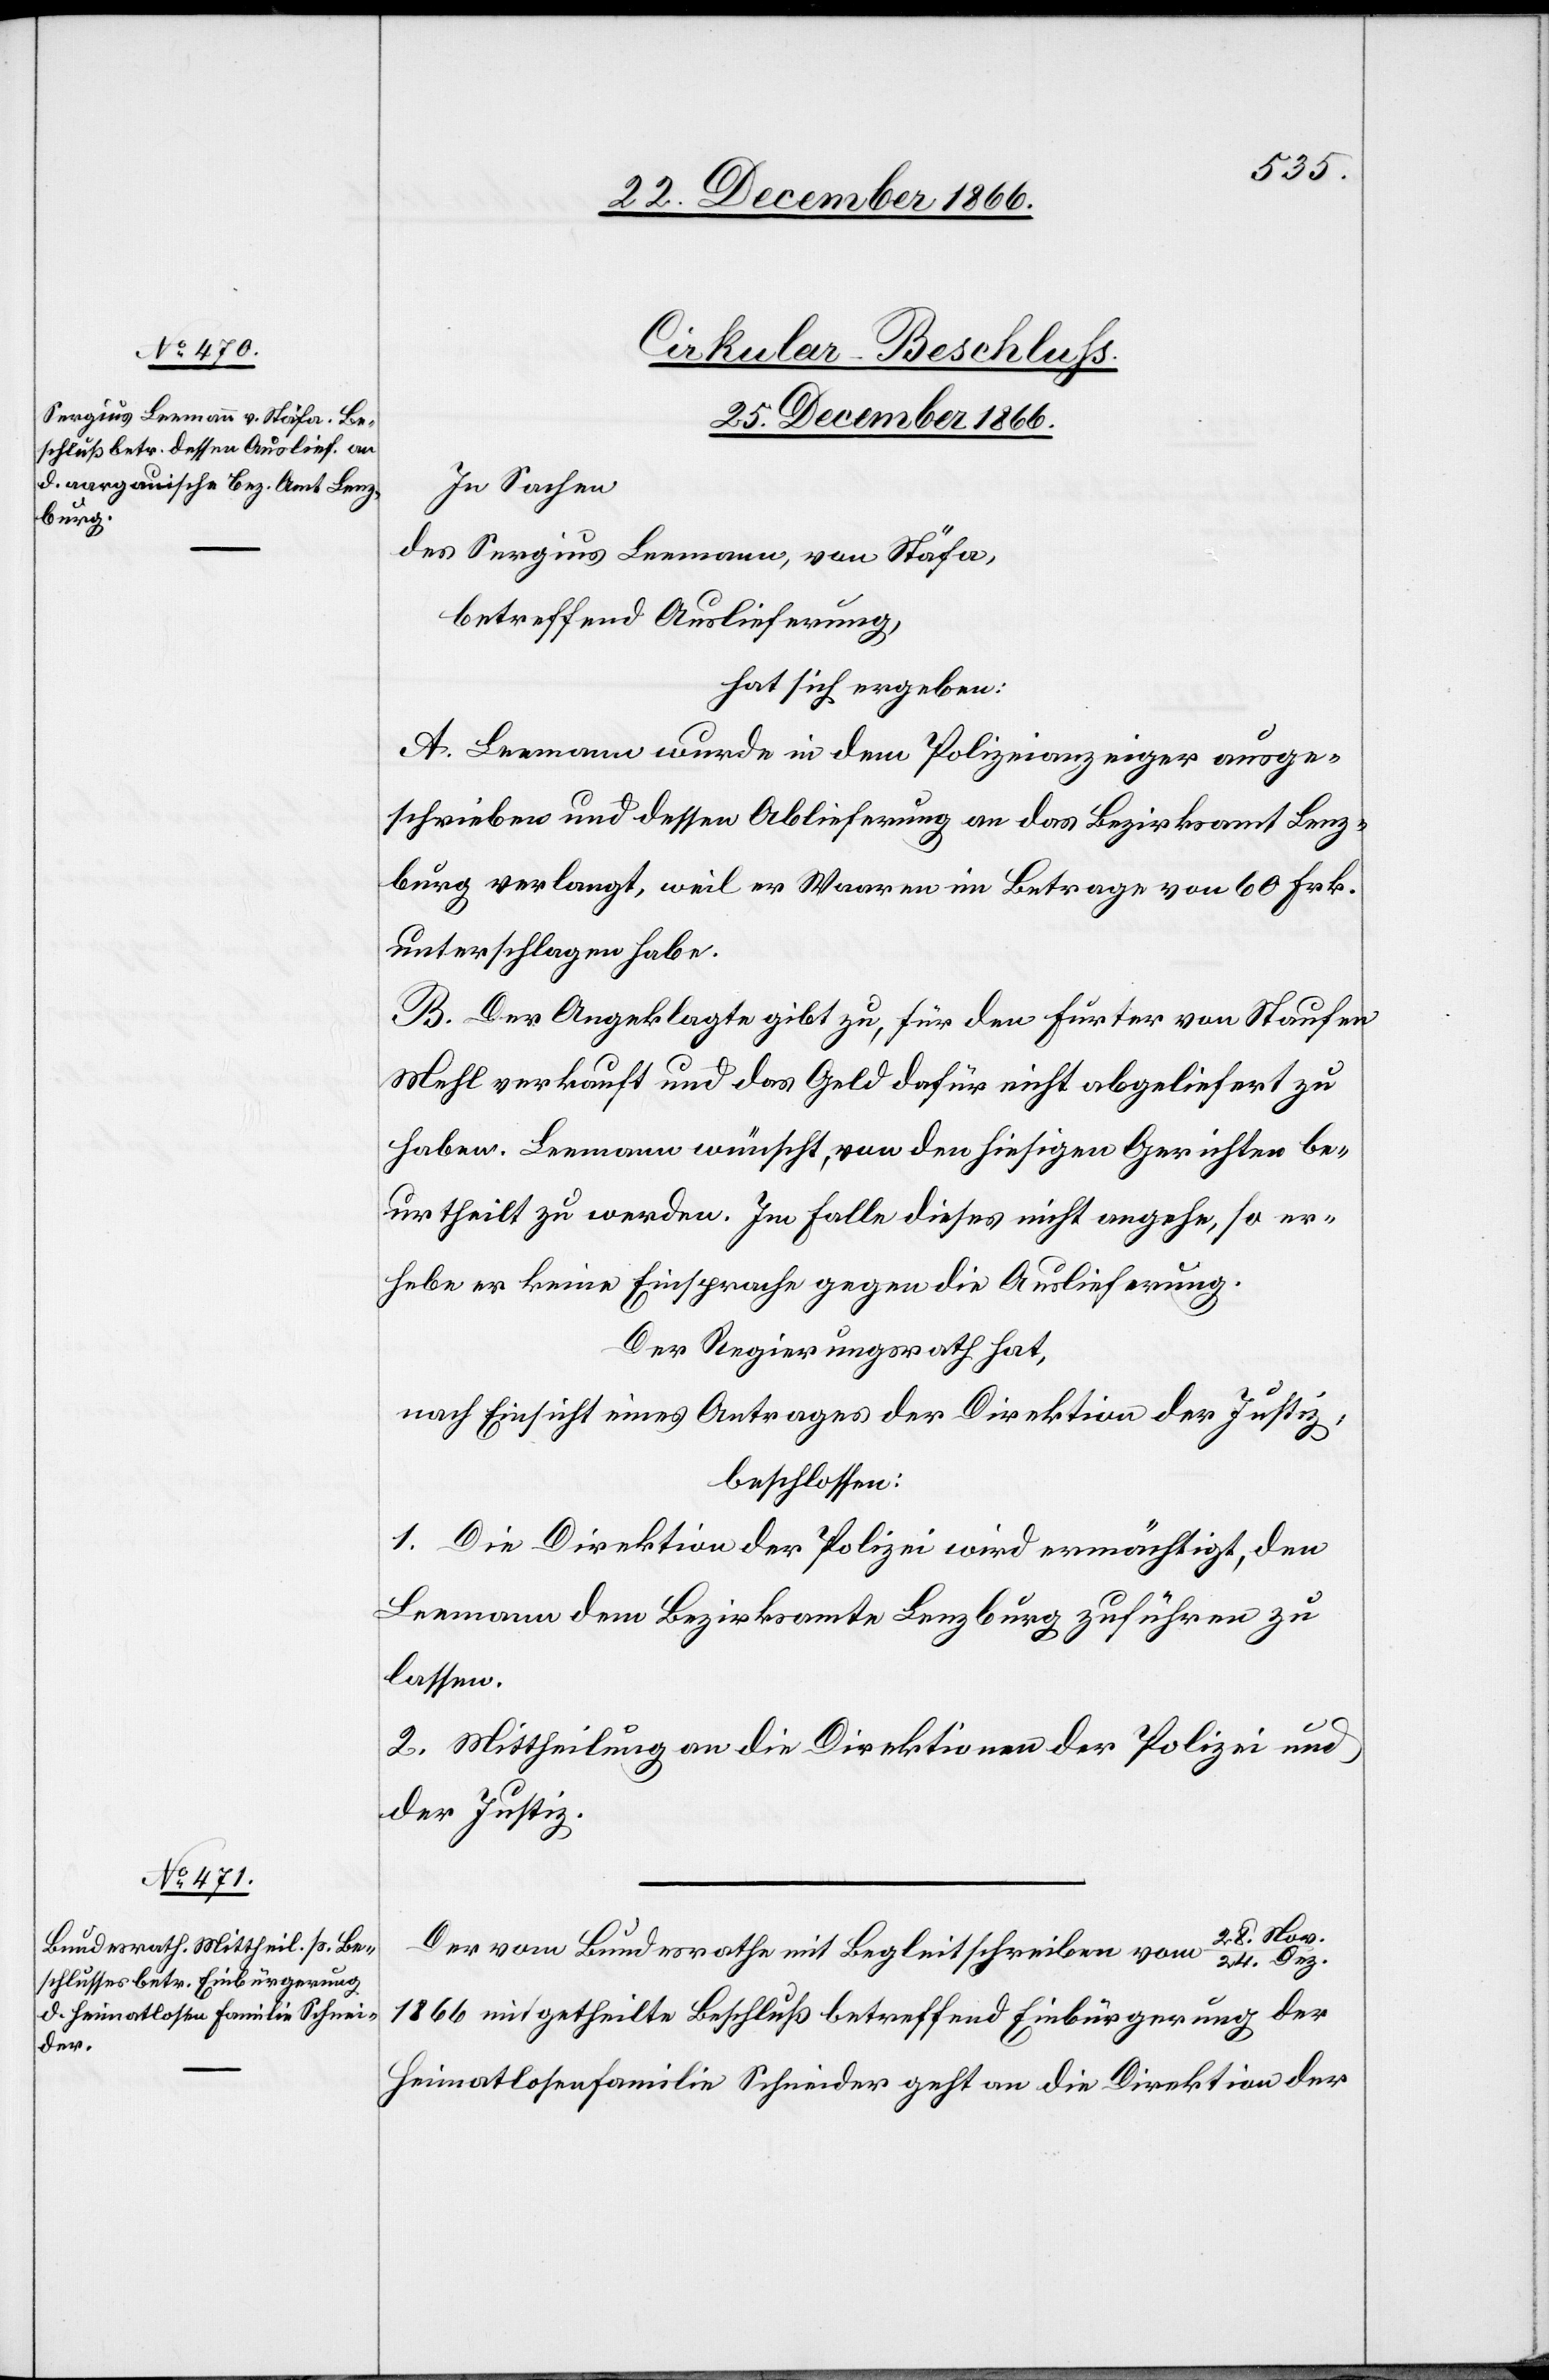
Cirkular-Beschluß.
25. December 1866.]
In Sachen
des Sergius Leemann, von Stäfa,
betreffend Auslieferung,
hat sich ergeben:
A. Leemann wurde in dem Polizeianzeiger ausge¬
schrieben und dessen Ablieferung an das Bezirksamt Lenz¬
burg verlangt, weil er Waaren im Betrage von 60. Frk.
unterschlagen habe.
B. Der Angeklagte gibt zu, für den Furter von Staufen
Mehl verkauft und das Geld dafür nicht abgeliefert zu
haben. Leemann wünscht, von den hiesigen Gerichten be¬
urtheilt zu werden. Im Falle dieses nicht angehe, so er¬
hebe er keine Einsprache gegen die Auslieferung.
Der Regierungsrath hat,
nach Einsicht eines Antrages der Direktion der Justiz,
beschlossen:
1. Die Direktion der Polizei wird ermächtigt, den
Leemann dem Bezirksamte Lenzburg zuführen zu
lassen.
2. Mittheilung an die Direktionen der Polizei und
der Justiz.
v./24. Dez.
Der vom Bundesrathe mit Begleitschreiben vom 28. No¬
1866 mitgetheilte Beschluß betreffend Einbürgerung der
Heimatlosenfamilie Schneider geht an die Direktion der